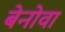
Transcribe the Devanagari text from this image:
बेनोवा